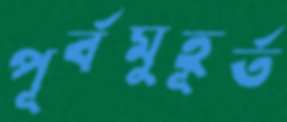
পূর্বমুহূর্ত